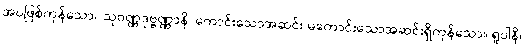
အပဖြစ်ကုန်သော။ သုဝဏ္ဏဒုဗ္ဗဏ္ဏာနိ၊ ကောင်းသောအဆင်း မကောင်းသောအဆင်းရှိကုန်သော။ ရူပါနိ၊